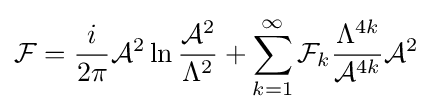
{\mathcal {F}}={\frac {i}{2\pi }}{\mathcal {A}}^{2}\operatorname {\ln } {\frac {{\mathcal {A}}^{2}}{\Lambda ^{2}}}+\sum _{k=1}^{\infty }{\mathcal {F}}_{k}{\frac {\Lambda ^{4k}}{{\mathcal {A}}^{4k}}}{\mathcal {A}}^{2}